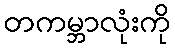
တကမ္ဘာလုံးကို